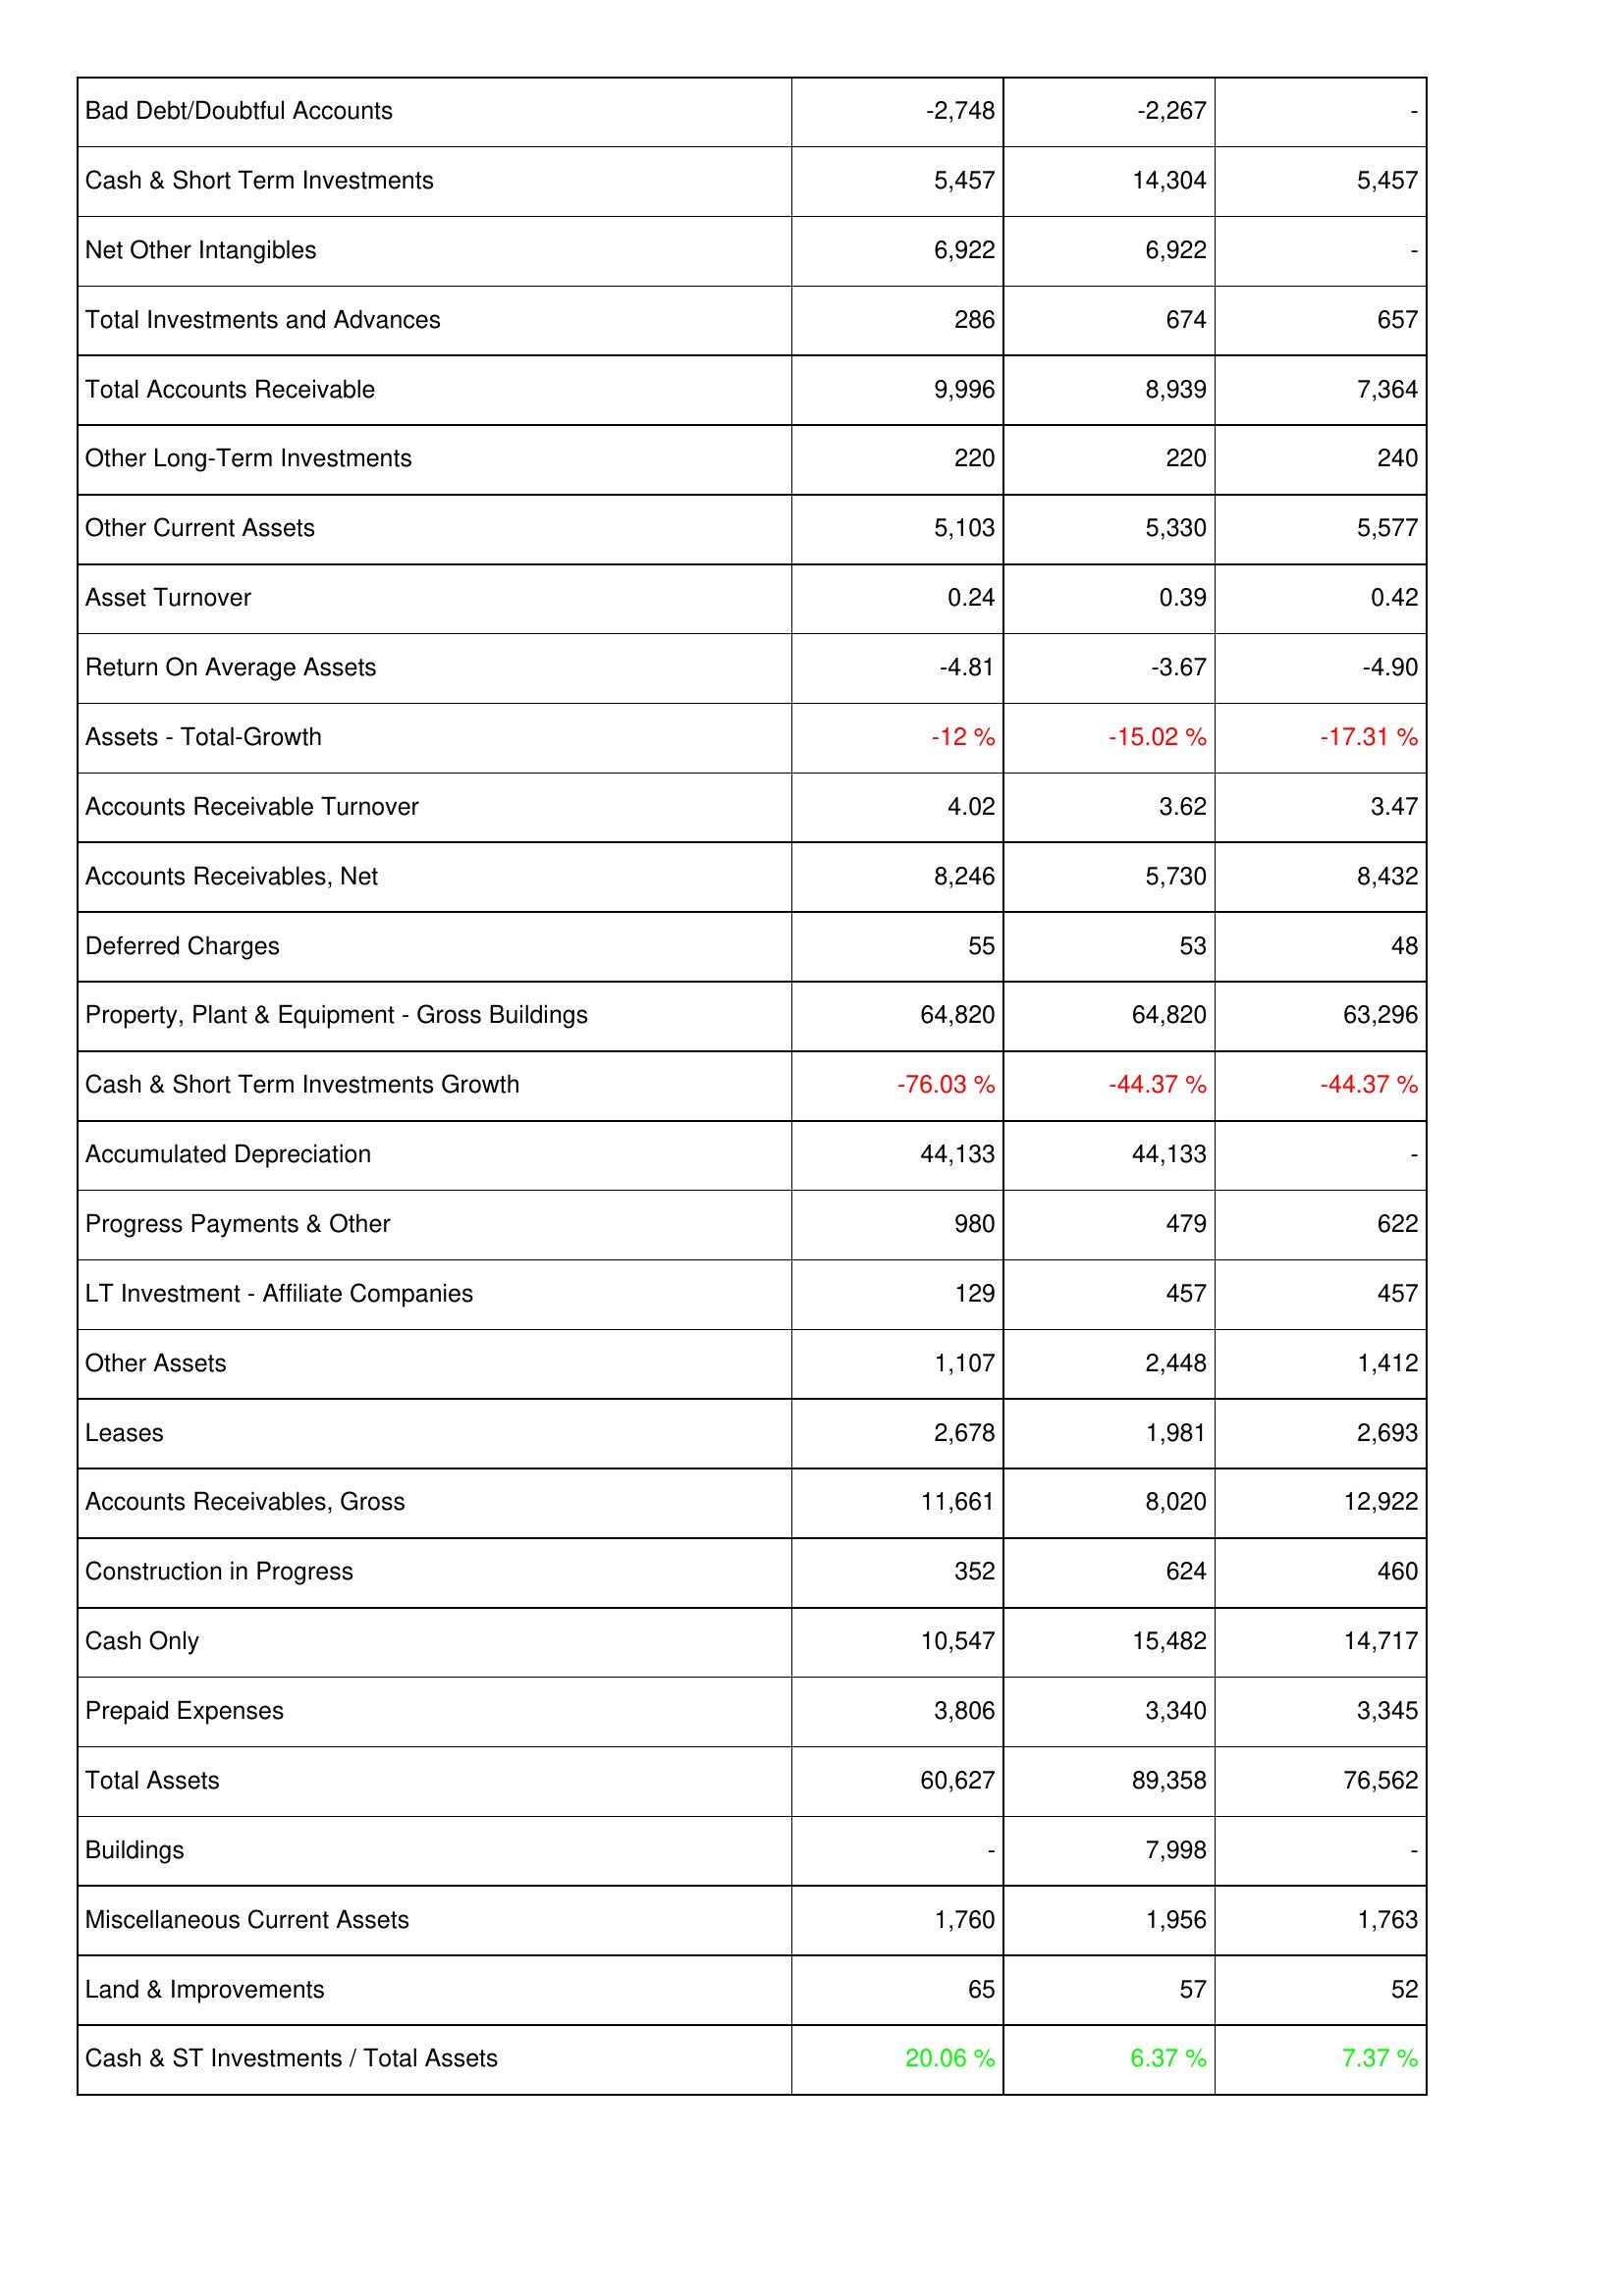
2009: Assets: Bad Debt/Doubtful Accounts: -2,748
Cash & Short Term Investments: 5,457
Net Other Intangibles: 6,922
Total Investments and Advances: 286
Total Accounts Receivable: 9,996
Other Long-Term Investments: 220
Other Current Assets: 5,103
Asset Turnover: 0.24
Return On Average Assets: -4.81
Assets - Total-Growth: -12 %
Accounts Receivable Turnover: 4.02
Accounts Receivables, Net: 8,246
Deferred Charges: 55
Property, Plant & Equipment - Gross Buildings: 64,820
Cash & Short Term Investments Growth: -76.03 %
Accumulated Depreciation: 44,133
Progress Payments & Other: 980
LT Investment - Affiliate Companies: 129
Other Assets: 1,107
Leases: 2,678
Accounts Receivables, Gross: 11,661
Construction in Progress: 352
Cash Only: 10,547
Prepaid Expenses: 3,806
Total Assets: 60,627
Buildings: -
Miscellaneous Current Assets: 1,760
Land & Improvements: 65
Cash & ST Investments / Total Assets: 20.06 %
2008: Assets: Bad Debt/Doubtful Accounts: -2,267
Cash & Short Term Investments: 14,304
Net Other Intangibles: 6,922
Total Investments and Advances: 674
Total Accounts Receivable: 8,939
Other Long-Term Investments: 220
Other Current Assets: 5,330
Asset Turnover: 0.39
Return On Average Assets: -3.67
Assets - Total-Growth: -15.02 %
Accounts Receivable Turnover: 3.62
Accounts Receivables, Net: 5,730
Deferred Charges: 53
Property, Plant & Equipment - Gross Buildings: 64,820
Cash & Short Term Investments Growth: -44.37 %
Accumulated Depreciation: 44,133
Progress Payments & Other: 479
LT Investment - Affiliate Companies: 457
Other Assets: 2,448
Leases: 1,981
Accounts Receivables, Gross: 8,020
Construction in Progress: 624
Cash Only: 15,482
Prepaid Expenses: 3,340
Total Assets: 89,358
Buildings: 7,998
Miscellaneous Current Assets: 1,956
Land & Improvements: 57
Cash & ST Investments / Total Assets: 6.37 %
2007: Assets: Bad Debt/Doubtful Accounts: -
Cash & Short Term Investments: 5,457
Net Other Intangibles: -
Total Investments and Advances: 657
Total Accounts Receivable: 7,364
Other Long-Term Investments: 240
Other Current Assets: 5,577
Asset Turnover: 0.42
Return On Average Assets: -4.90
Assets - Total-Growth: -17.31 %
Accounts Receivable Turnover: 3.47
Accounts Receivables, Net: 8,432
Deferred Charges: 48
Property, Plant & Equipment - Gross Buildings: 63,296
Cash & Short Term Investments Growth: -44.37 %
Accumulated Depreciation: -
Progress Payments & Other: 622
LT Investment - Affiliate Companies: 457
Other Assets: 1,412
Leases: 2,693
Accounts Receivables, Gross: 12,922
Construction in Progress: 460
Cash Only: 14,717
Prepaid Expenses: 3,345
Total Assets: 76,562
Buildings: -
Miscellaneous Current Assets: 1,763
Land & Improvements: 52
Cash & ST Investments / Total Assets: 7.37 %